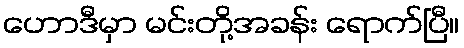
ဟောဒီမှာ မင်းတို့အခန်း ရောက်ပြီ။